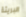
البريئة